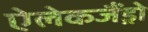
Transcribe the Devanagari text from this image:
ऐलेकजैंड्रो